Vaccine operations Central Provinces & Berar 1912-1920 - 1912-1920
Year: 1912
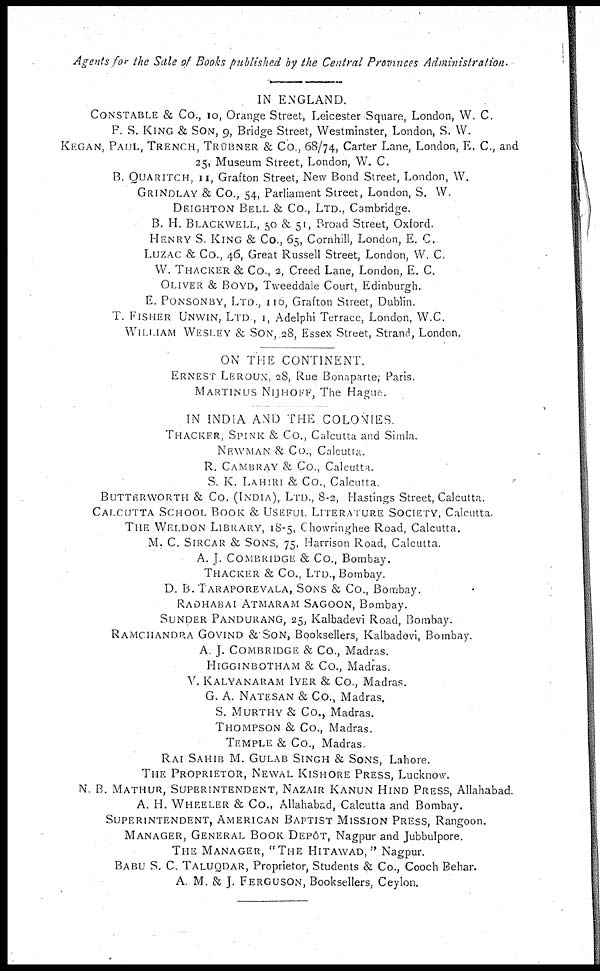
Agents for the Sale of Books published by the Central Provinces Administration.
IN ENGLAND.
CONSTABLE & Co., 10, Orange Street, Leicester Square, London, W. C.
P. S. KING & SON, 9, Bridge Street, Westminster, London, S. W.
KEGAN, PAUL, TRENCH, TRŬBNER & Co., 68/74, Carter Lane, London, E. C., and
25, Museum Street, London, W. C.
B. QUARITCH, 11, Grafton Street, New Bond Street, London, W.
GRINDLAY & Co., 54, Parliament Street, London, S. W.
DEIGHTON BELL & Co., LTD., Cambridge.
B. H. BLACKWELL, 50 & 51, Broad Street, Oxford.
HENRY S. KING & Co., 65, Cornhill, London, E. C.
LUZAC & Co., 46, Great Russell Street, London, W. C.
W. THACKER & Co., 2, Creed Lane, London, E. C.
OLIVER & BOYD, Tweeddale Court, Edinburgh.
E. PONSONBY, LTD., 116, Grafton Street, Dublin.
T. FISHER UNWIN, LTD., 1, Adelphi Terrace. London, W.C.
WILLIAM WESLEY & SON, 28, Essex Street, Strand, London.
ON THE CONTINENT.
ERNEST LEROUX, 28, Rue Bonaparte; Paris.
MARTINUS NIJHOFF, The Hague.
IN INDIA AND THE COLONIES
THACKER, SPINK & Co., Calcutta and Simla.
NEWMAN & Co., Calcutta.
R. CAMBRAY & Co., Calcutta.
S. K. LAHIRI & Co., Calcutta.
BUTTERWORTH & Co. (INDIA),. LTD., 8-2, Hastings Street, Calcutta.
CALCUTTA SCHOOL BOOK & USEFUL LITERATURE SOCIETY, Calcutta.
THE WELDON LIBRARY, 18-5, Chowringhee Road, Calcutta.
M. C. SIRCAR & SONS, 75, Harrison Road, Calcutta.
A. J. COMBRIDGE & Co., Bombay.
THACKER & Co., LTD., Bombay.
D. B.TARAPOREVALA, SONS & Co., Bombay.
RADHABAI ATMARAM SAGOON, Bombay.
SUNDER PANDURANG, 25, Kalbadevi Road, Bombay.
RAMCHANDRA GOVIND & SON, Booksellers, Kalbadevi, Bombay.
A. J. COMBRIDGE & Co., Madras.
HIGGINBOTHAM & Co., Madras.
V. KALYANARAM IYER & Co., Madras.
G. A. NATESAN & Co., Madras.
S. MURTHY & Co., Madras.
THOMPSON & Co., Madras.
TEMPLE & Co., Madras.
RAI SAHIB M. GULAB SINGH & SONS, Lahore.
THE PROPRIETOR, NEWAL KISHORE PRESS, Lucknow.
N. B. MATHUR, SUPREINTENDENT, NAZAIR KANUN HIND PRESS, Allahabad.
A. H. WHEELER & Co., Allahabad, Calcutta and Bombay.
SUPERINTENDENT, AMERICAN BAPTIST MISSION PRESS, Rangoon.
MANAGER, GENERAL BOOK DEPÔT, Nagpur and Jubbulpore.
THE MANAGER, "THE HITAWAD," Nagpur.
BABU S. C. TALUQDAR, Proprietor, Students & Co., Cooch Behar.
A. M. & J. FERGUSON, Booksellers, Ceylon.